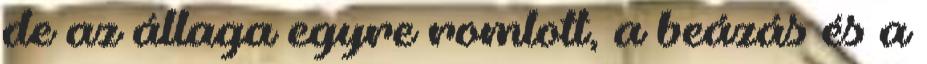
de az állaga egyre romlott, a beázás és a